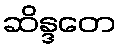
ဆိန္ဒတေ